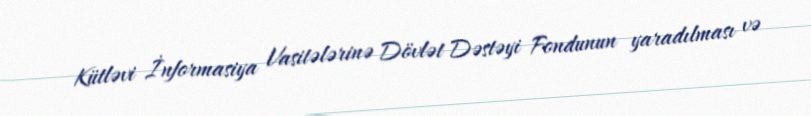
Kütləvi İnformasiya Vasitələrinə Dövlət Dəstəyi Fondunun yaradılması və